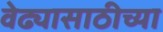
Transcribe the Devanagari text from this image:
वेढ्यासाठीच्या